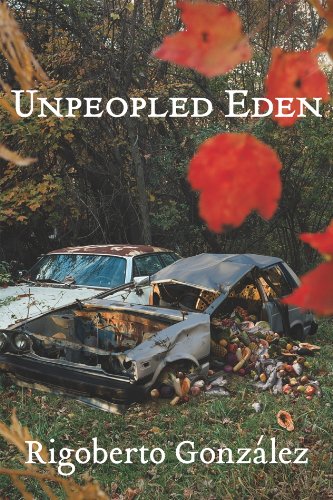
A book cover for Unpeopled Eden; Rigoberto GonzÃ¡lez; Literature & Fiction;